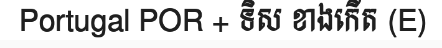
Portugal POR + ទិស ខាងកើត (E)